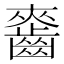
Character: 𪘘